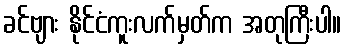
ခင်ဗျား နိုင်ငံကူးလက်မှတ်က အတုကြီးပါ။